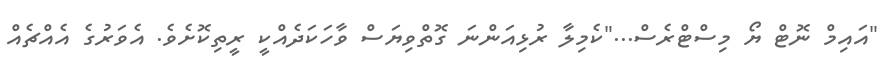
"އައިމް ނޮޓް ޔޯ މިސްޓްރެސް..."ކެމިލާ ރުޅިއަންނަ ގޮތްވިޔަސް ވާހަކަދެއްކީ ރީތިކޮށެވެ. އެވަރުގެ އެއްޗެއް